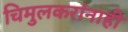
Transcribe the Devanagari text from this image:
चिमुलकरांनाही